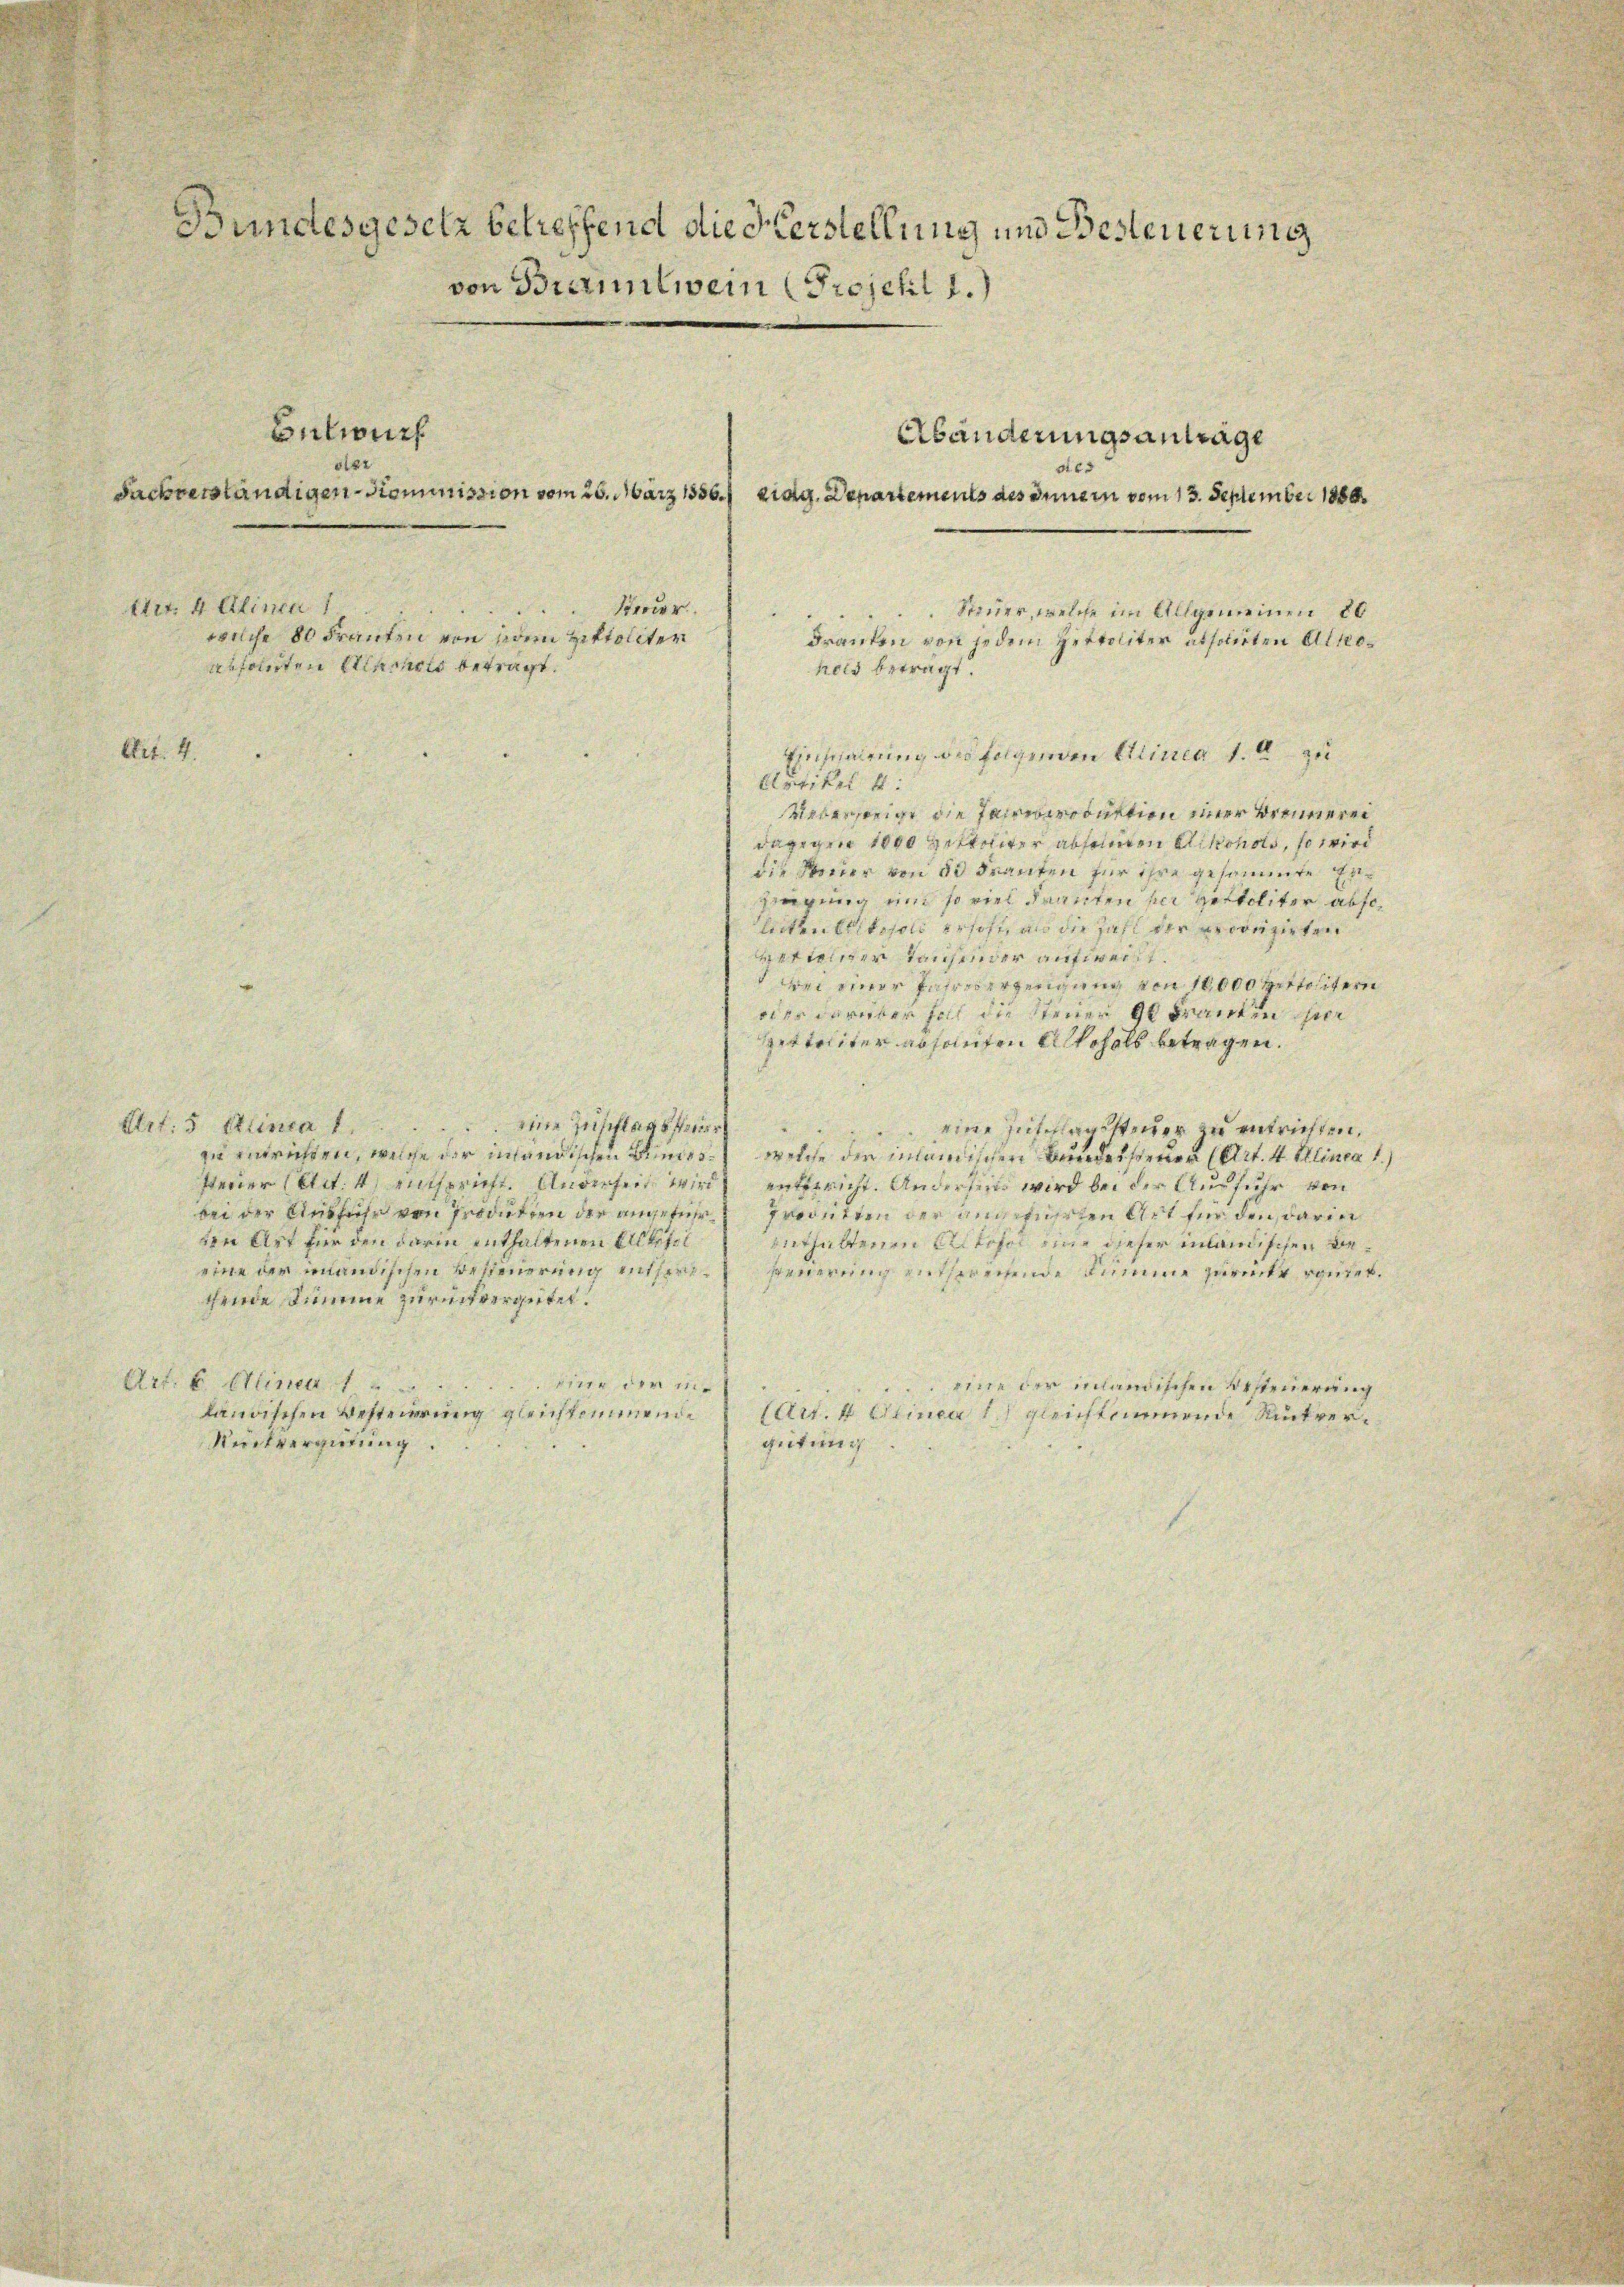
Art. 4.

Bundesgesetz betreffend die derstellung und Besteuerung
von Branntwein (Projetl 1.)

Abänderungsantrage
sie
Sachverständigen-Kommission vom 26. März 1856.) eidg. Departements des Innern vom 13. September 1888.
Art. 4 Alinea 1
Steuer
Steuer, welche im Allgemeinen 80
welche 80 Franten von jedem Hektoliter
Franten von jedem Hertoliter absoluten Altoabsoluten Almonats betragt.
hels beträgt.

Ensparung des folgenden Alinea 1. zu
Artikel 4.
Uebersteige die Parrerroduktion einer Brennerei
dagegen 1000 Zitteiter abseinen Mikohols, so wird
die Socier von 50 Franten für ihre gesammte Erzeugung und so viel Franten her gestoliter abseleiten Erikopold erhoft, als die Zahl der produzirten
vettender Tausender aufrecht.
Bei einer Jahreserzeugung von 16,000 Zeitalitern
oder darüber Foll die Steuer 90 Frantin per
Spettaliter absaufen Alkohols betragen.
Art: 5 Alinea 1 eine Zuschlagssteuer
 eine Zuschlagssteuer zu entrichten,
zu entrichten, welche der inländischen Bundes welche der inländischen Bundessteuer (Art. 4. Klinea 1.
fterier (Art. 4) entspricht. Anderheit wird entgericht. Anderseits wird bei der Ausfuhr von
bei der Ausführ von Produtien der angeführ procitien der angefügten Art für den darin
den Art für den darin enthaltenen Elterl
enthaltenen Alkohol eine dieser inländischen Beeine der inländischen Besteuerung entsersteuerung entsprechende Summe zurückt reutet.
thende Sume zurückvergütet.
Art. 6 Alinen 1
Eine der ineine der inländischen Besteuerung
ländischen Besteuerung gleichkommende Art. 4 Otinea l gleichtimmende Rückver¬
Rückvergütung.
gütung.

Butwuch
der